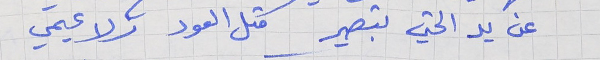
عن يد الحتي بتصير     متل العود زلاعيمي